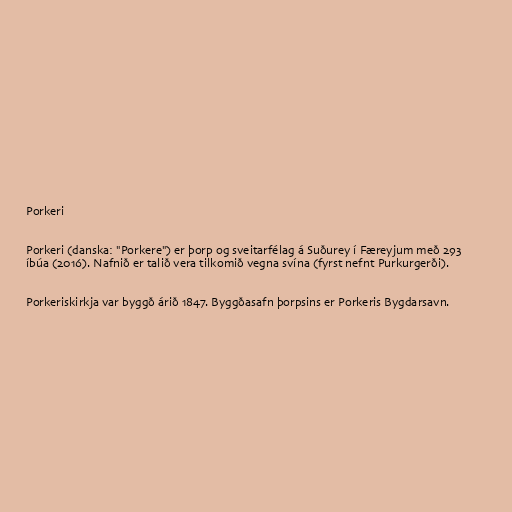
Porkeri

Porkeri (danska: "Porkere") er þorp og sveitarfélag á Suðurey í Færeyjum með 293
íbúa (2016). Nafnið er talið vera tilkomið vegna svína (fyrst nefnt Purkurgerði).

Porkeriskirkja var byggð árið 1847. Byggðasafn þorpsins er Porkeris Bygdarsavn.